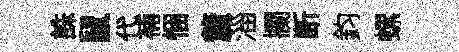
誅鼠代補悃釐淄攔断鈞螺